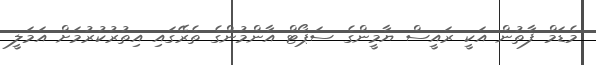
މެޑަމް ފާތުން އަކީ ރައީސް ޔާމީންގެ ސަޕޯޓް އާންމުންގެ ތެރޭގައި އިތުރުކުރުމަށް އަމަލީ